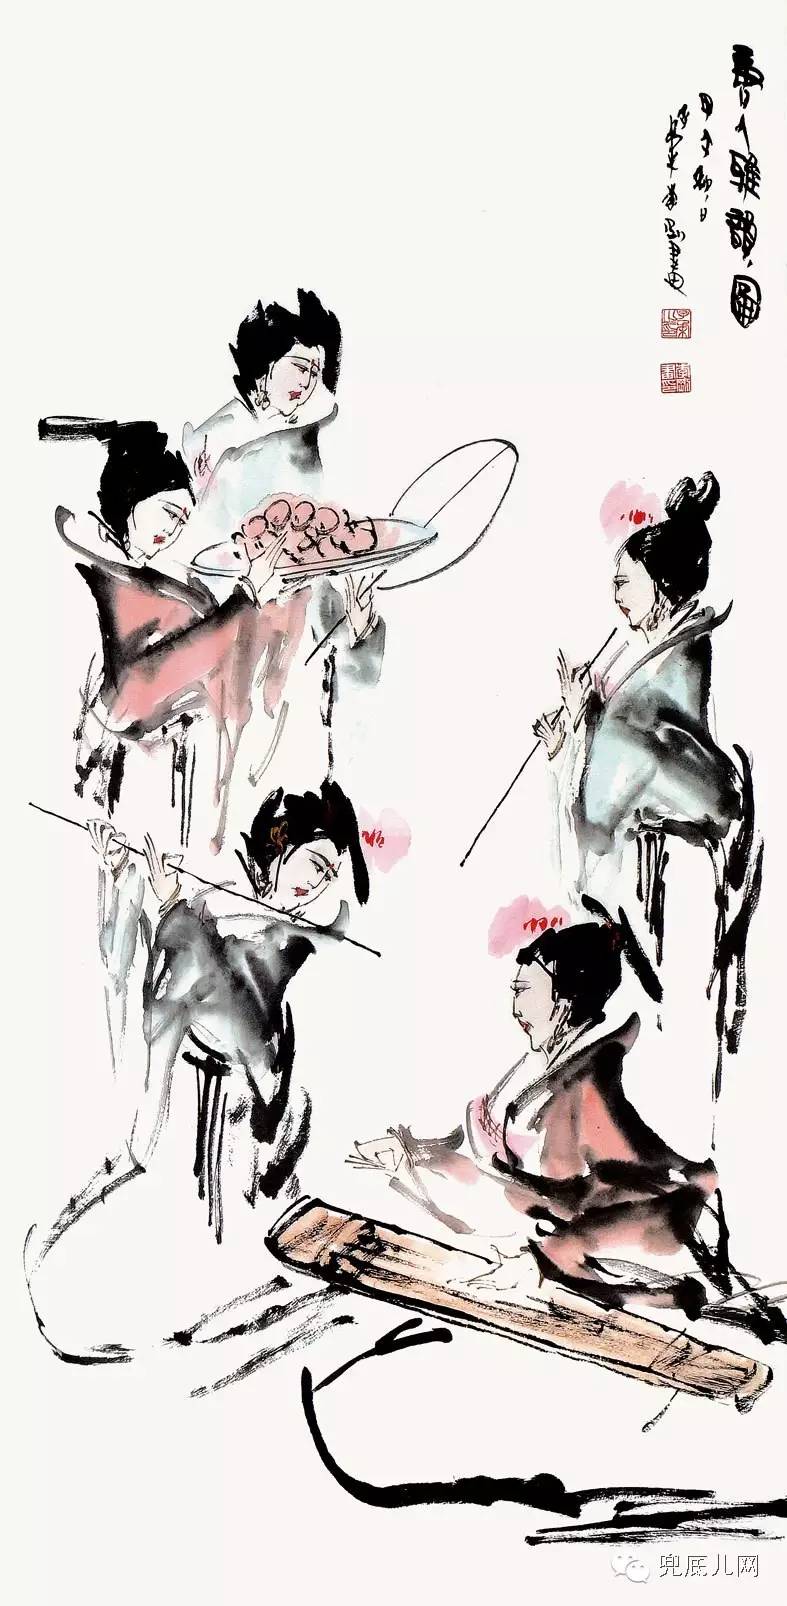
儿女纷纷夸结束，新样钗符艾虎。